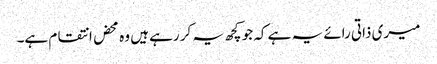
میری ذاتی رائے یہ ہے کہ جو کچھ یہ کر رہے ہیں وہ محض انتقام ہے۔